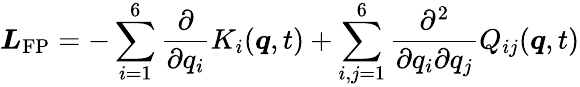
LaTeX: \boldsymbol{L}_{\mathrm{FP}}=-\sum_{i=1}^{6}\frac{\partial}{\partial q_{i}}K_{i}(\boldsymbol{q},t)+\sum_{i,j=1}^{6}\frac{\partial^{2}}{\partial q_{i}\partial q_{j}}Q_{ij}(\boldsymbol{q},t)